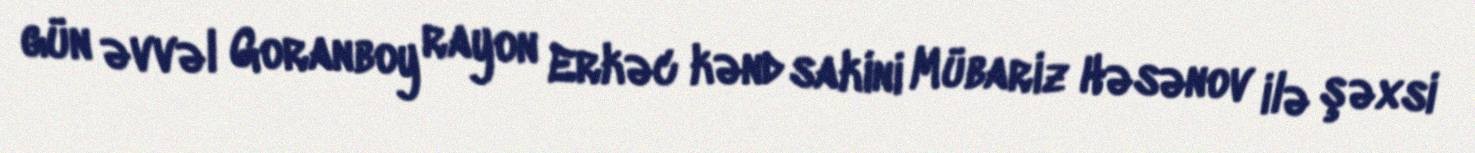
gün əvvəl Goranboy rayon Erkəc kənd sakini Mübariz Həsənov ilə şəxsi